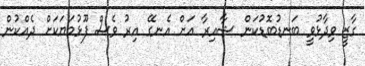
ގާޒީ ވިދާޅުވީ ބަނޑުބޮޑުކަން ޝާއިރާ އަށް އެނގޭ އިރު ވެސް ފޫޅުމަޔަކަށް ދެއްކުން